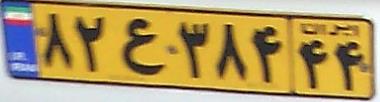
۸۲ع۳۸۴۴۴